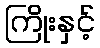
ကြိုးနှင့်